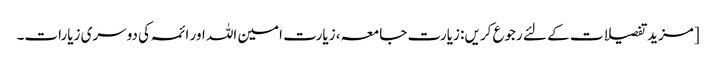
[مزید تفصیلات کے لئے رجوع کریں: زیارت جامعہ، زیارت امین اللہ اور ائمہ کی دوسری زیارات۔